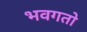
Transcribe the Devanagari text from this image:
भवगतो